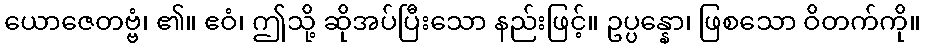
ယောဇေတဗ္ဗံ၊ ၏။ ဧဝံ၊ ဤသို့ ဆိုအပ်ပြီးသော နည်းဖြင့်။ ဥပ္ပန္နော၊ ဖြစသော ဝိတက်ကို။